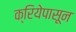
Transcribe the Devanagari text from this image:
क्रियेपासून